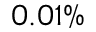
0 . 0 1 \%